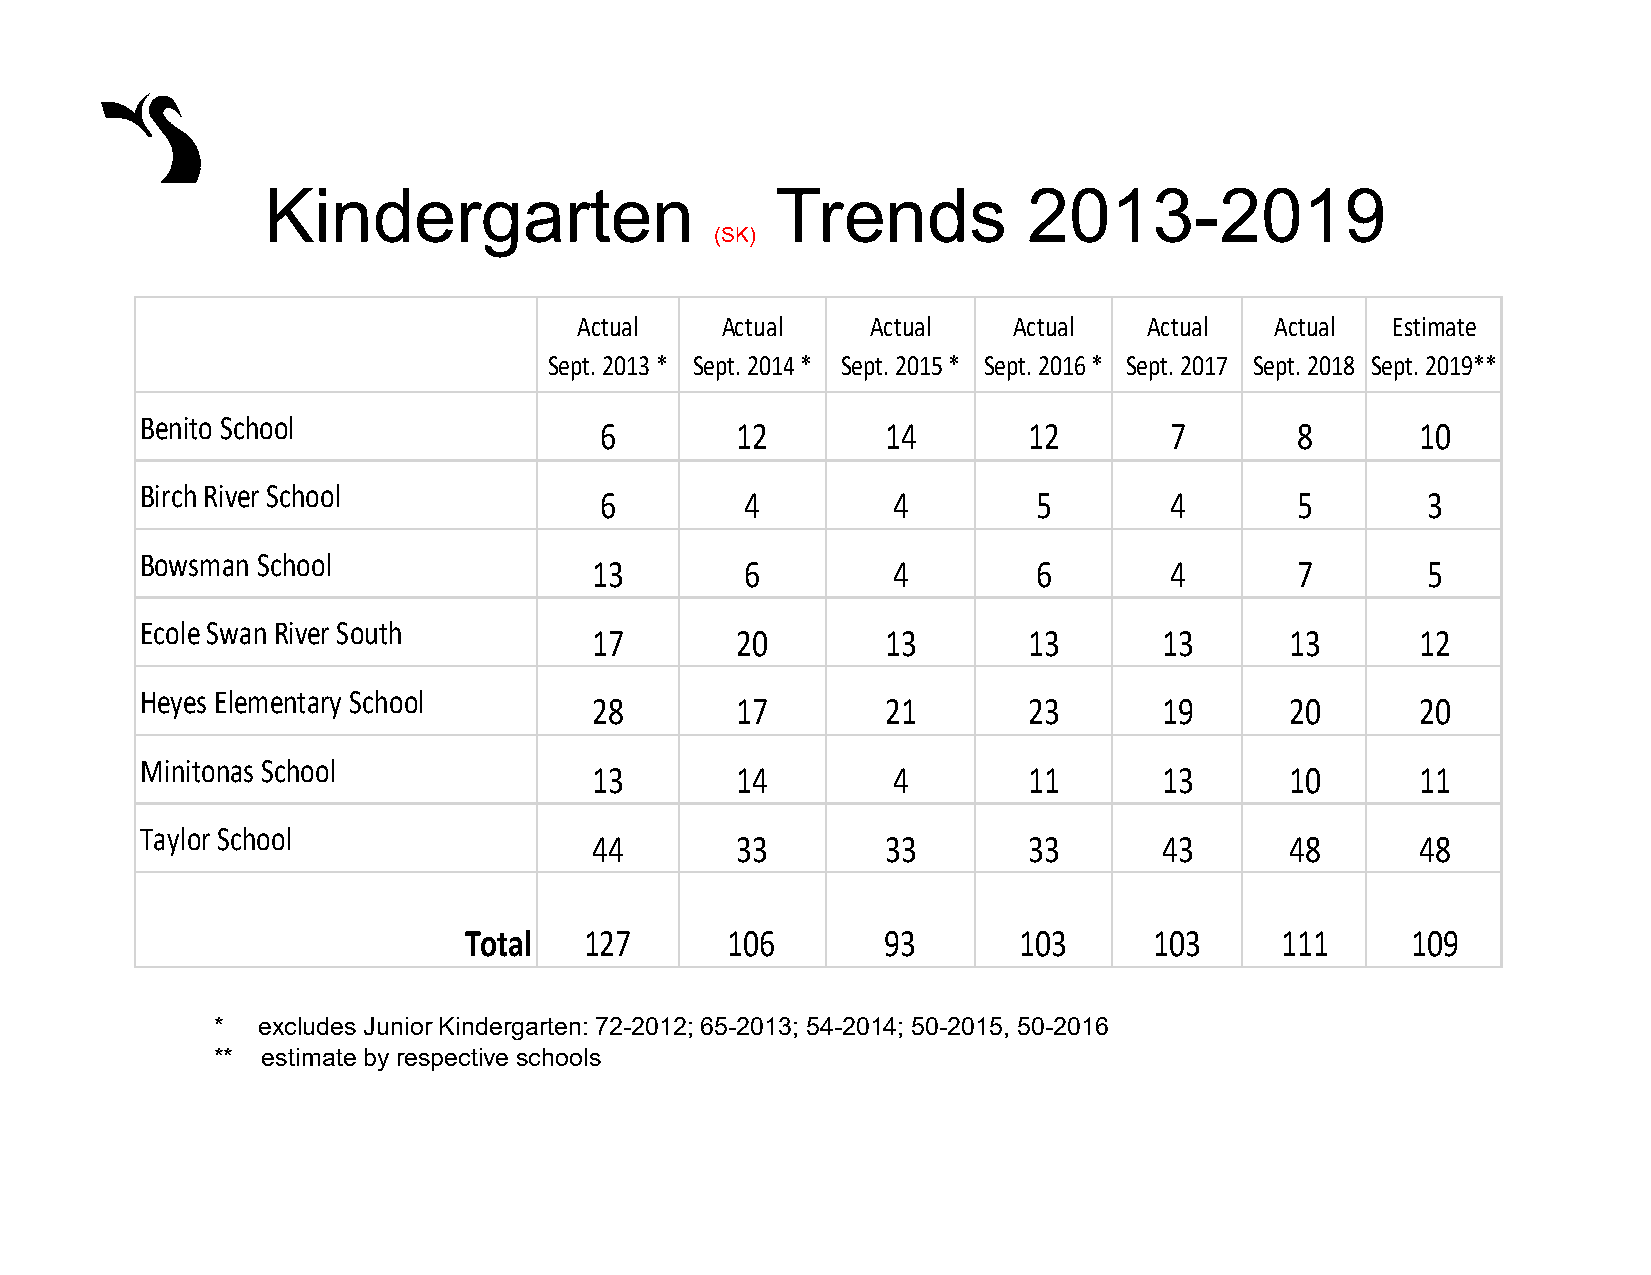
Kindergarten                      Trends           2013-2019
 (SK)
 Actual    Actual    Actual   Actual   Actual  Actual  Estimate
 Sept. 2013 * Sept. 2014 * Sept. 2015 * Sept. 2016 * Sept. 2017 Sept. 2018 Sept. 2019**
 Benito School
 6        12        14       12       7        8       10
 Birch River School
 6        4         4         5       4        5       3
 Bowsman School
 13        6         4         6       4        7       5
 Ecole Swan River South
 17        20        13       13       13      13       12
 Heyes Elementary School
 28        17        21       23       19      20       20
 Minitonas School
 13        14        4        11       13      10       11
 Taylor School
 44        33        33       33       43      48       48
 Total   127      106        93      103      103      111     109
 *  excludes Junior Kindergarten: 72-2012; 65-2013; 54-2014; 50-2015, 50-2016
 ** estimate by respective schools